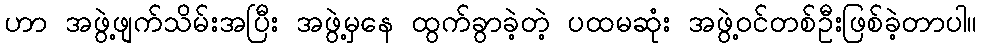
ဟာ အဖွဲ့ဖျက်သိမ်းအပြီး အဖွဲ့မှနေ ထွက်ခွာခဲ့တဲ့ ပထမဆုံး အဖွဲ့ဝင်တစ်ဦးဖြစ်ခဲ့တာပါ။